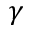
\gamma